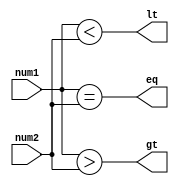
module unsigned_magnitude_comparator (
    input [7:0] num1,
    input [7:0] num2,
    output gt,
    output lt,
    output eq
);

assign gt = (num1 > num2); // Greater than
assign lt = (num1 < num2); // Less than
assign eq = (num1 == num2); // Equal to

endmodule